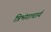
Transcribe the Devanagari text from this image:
त्रिभंगाचार्य